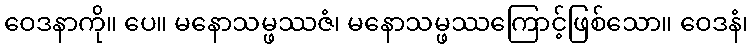
ဝေဒနာကို။ ပေ။ မနောသမ္ဖဿဇံ၊ မနောသမ္ဖဿကြောင့်ဖြစ်သော။ ဝေဒနံ၊